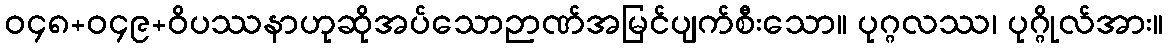
ဝ၄၈+ဝ၄၉+ဝိပဿနာဟုဆိုအပ်သောဉာဏ်အမြင်ပျက်စီးသော။ ပုဂ္ဂလဿ၊ ပုဂ္ဂိုလ်အား။